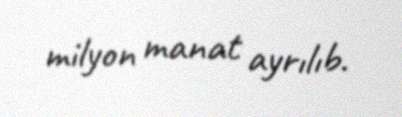
milyon manat ayrılıb.